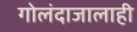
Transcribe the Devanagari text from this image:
गोलंदाजालाही